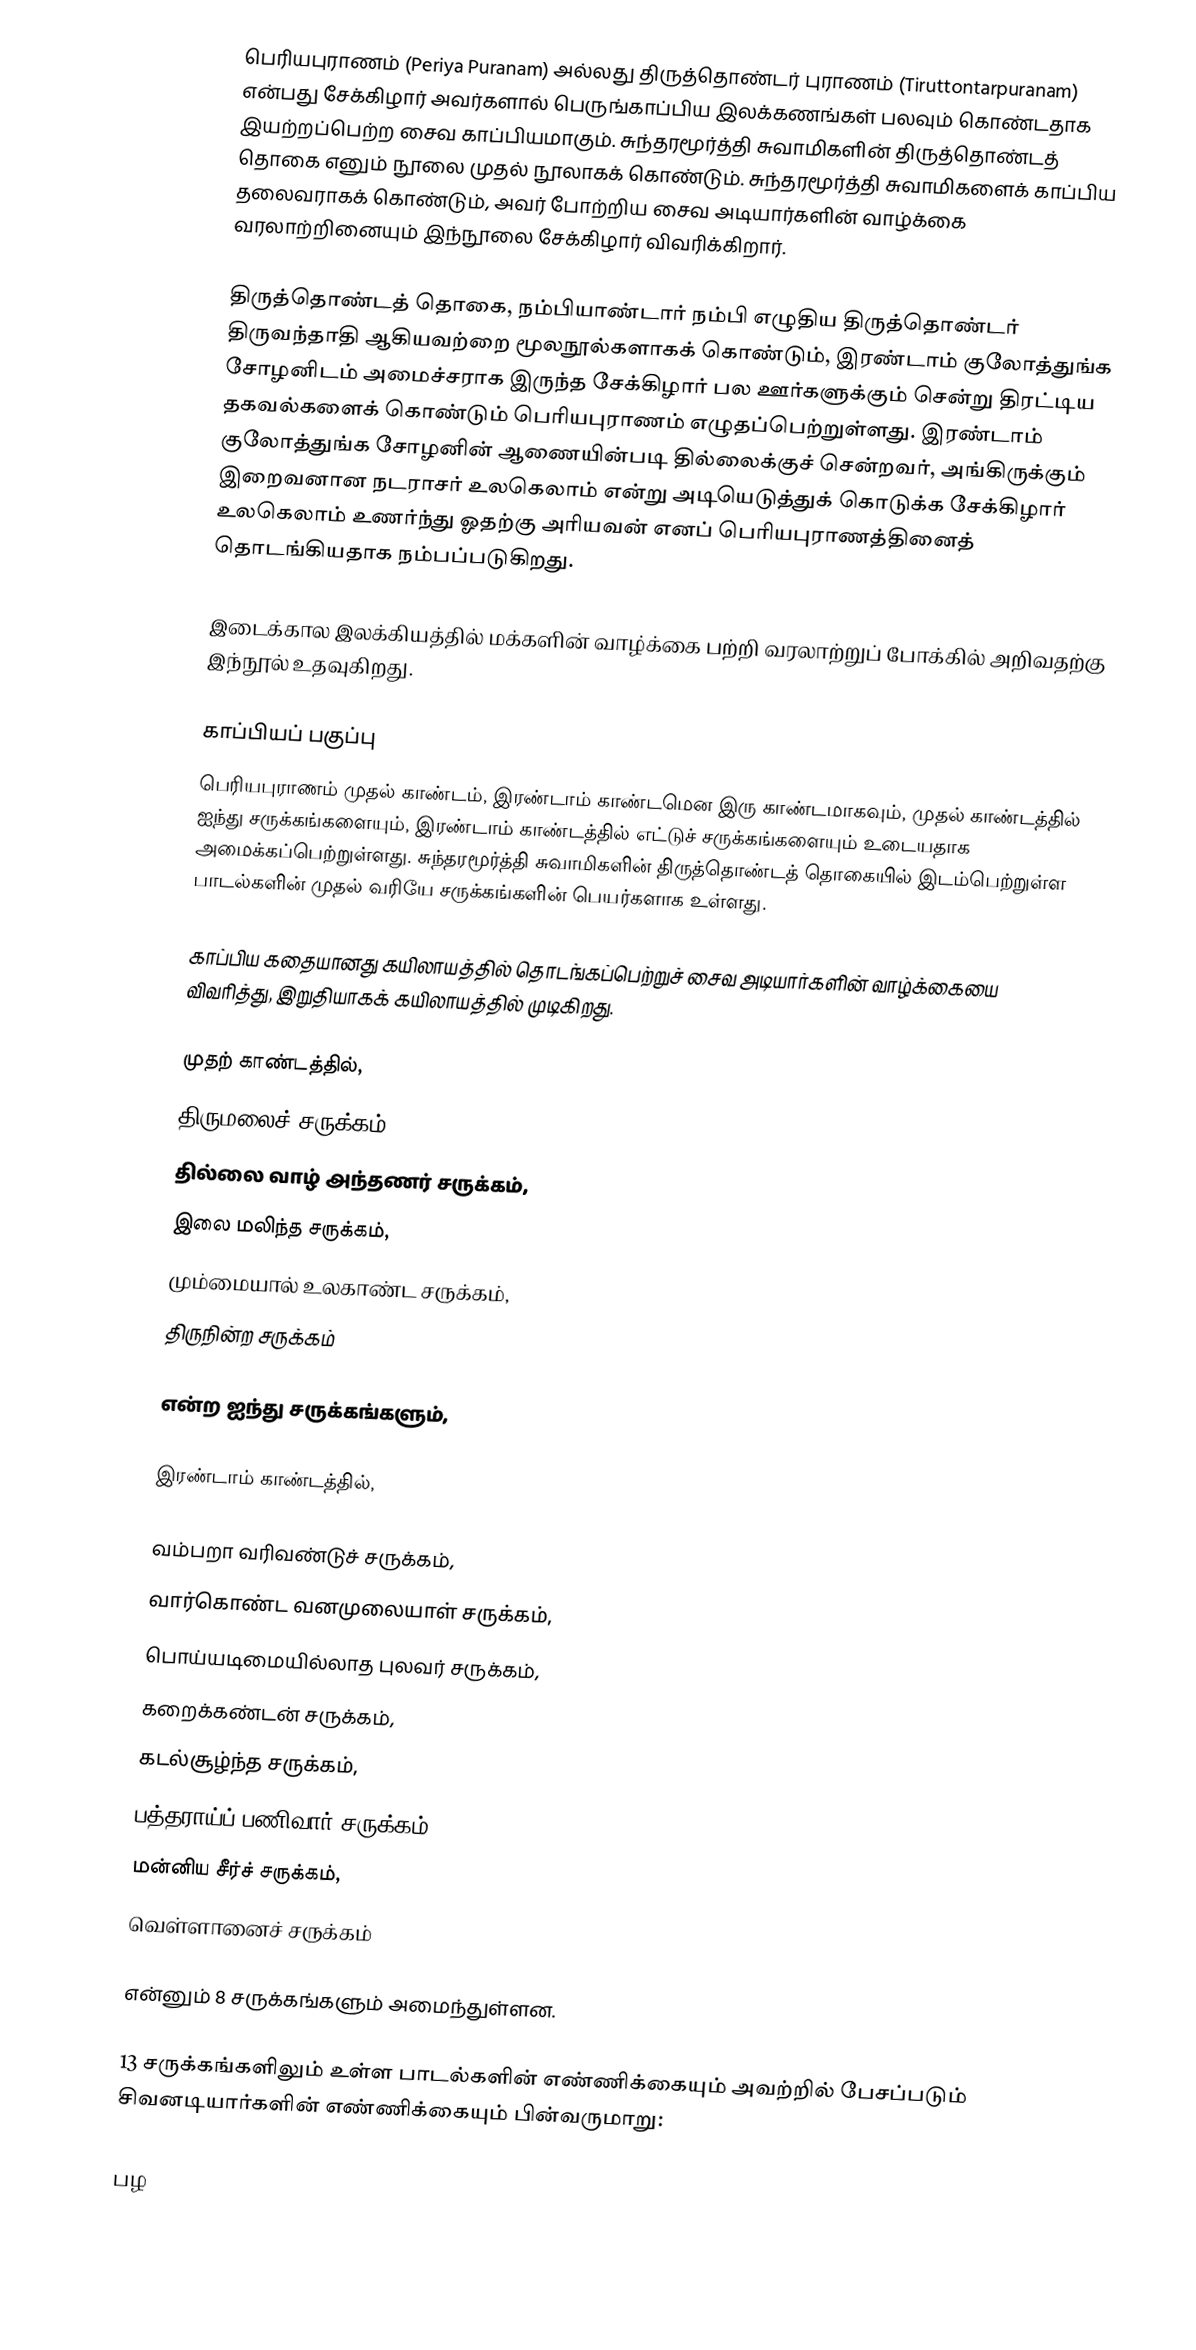
பெரியபுராணம் (Periya Puranam) அல்லது திருத்தொண்டர் புராணம் (Tiruttontarpuranam) என்பது சேக்கிழார் அவர்களால் பெருங்காப்பிய இலக்கணங்கள் பலவும் கொண்டதாக இயற்றப்பெற்ற சைவ காப்பியமாகும். சுந்தரமூர்த்தி சுவாமிகளின் திருத்தொண்டத் தொகை எனும் நூலை முதல் நூலாகக் கொண்டும். சுந்தரமூர்த்தி சுவாமிகளைக் காப்பிய தலைவராகக் கொண்டும், அவர் போற்றிய சைவ அடியார்களின் வாழ்க்கை வரலாற்றினையும் இந்நூலை சேக்கிழார் விவரிக்கிறார்.

திருத்தொண்டத் தொகை, நம்பியாண்டார் நம்பி எழுதிய திருத்தொண்டர் திருவந்தாதி ஆகியவற்றை மூலநூல்களாகக் கொண்டும், இரண்டாம் குலோத்துங்க சோழனிடம் அமைச்சராக இருந்த சேக்கிழார் பல ஊர்களுக்கும் சென்று திரட்டிய தகவல்களைக் கொண்டும் பெரியபுராணம் எழுதப்பெற்றுள்ளது. இரண்டாம் குலோத்துங்க சோழனின் ஆணையின்படி தில்லைக்குச் சென்றவர், அங்கிருக்கும் இறைவனான நடராசர் உலகெலாம் என்று அடியெடுத்துக் கொடுக்க சேக்கிழார் 	உலகெலாம் உணர்ந்து ஓதற்கு அரியவன் எனப் பெரியபுராணத்தினைத் தொடங்கியதாக நம்பப்படுகிறது.

இடைக்கால இலக்கியத்தில் மக்களின் வாழ்க்கை பற்றி வரலாற்றுப் போக்கில் அறிவதற்கு இந்நூல் உதவுகிறது.

காப்பியப் பகுப்பு
பெரியபுராணம் முதல் காண்டம், இரண்டாம் காண்டமென இரு காண்டமாகவும், முதல் காண்டத்தில் ஐந்து சருக்கங்களையும், இரண்டாம் காண்டத்தில் எட்டுச் சருக்கங்களையும் உடையதாக அமைக்கப்பெற்றுள்ளது. சுந்தரமூர்த்தி சுவாமிகளின் திருத்தொண்டத் தொகையில் இடம்பெற்றுள்ள பாடல்களின் முதல் வரியே சருக்கங்களின் பெயர்களாக உள்ளது.

காப்பிய கதையானது கயிலாயத்தில் தொடங்கப்பெற்றுச் சைவ அடியார்களின் வாழ்க்கையை விவரித்து, இறுதியாகக் கயிலாயத்தில் முடிகிறது.

முதற் காண்டத்தில்,
 திருமலைச் சருக்கம்,
 தில்லை வாழ் அந்தணர் சருக்கம்,
 இலை மலிந்த சருக்கம்,
 மும்மையால் உலகாண்ட சருக்கம்,
 திருநின்ற சருக்கம்

என்ற ஐந்து சருக்கங்களும்,

இரண்டாம் காண்டத்தில்,

 வம்பறா வரிவண்டுச் சருக்கம்,
 வார்கொண்ட வனமுலையாள் சருக்கம்,
 பொய்யடிமையில்லாத புலவர் சருக்கம்,
 கறைக்கண்டன் சருக்கம்,
 கடல்சூழ்ந்த சருக்கம்,
 பத்தராய்ப் பணிவார் சருக்கம்,
 மன்னிய சீர்ச் சருக்கம்,
 வெள்ளானைச் சருக்கம்

என்னும் 8 சருக்கங்களும் அமைந்துள்ளன.

13 சருக்கங்களிலும் உள்ள பாடல்களின் எண்ணிக்கையும் அவற்றில் பேசப்படும் சிவனடியார்களின் எண்ணிக்கையும் பின்வருமாறு:

பழ